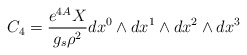
\begin{align*}C_4 = \frac{e^{4A}X}{g_s \rho^2} dx^0 \wedge dx^1 \wedge dx^2 \wedge dx^3\end{align*}